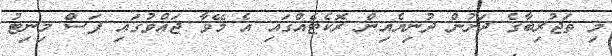
މި ތަޖުރިބާގެ ދަށުން ދުނިޔެއިން ރޮކެޓެއްގައި އެ މޭވާ ޖައްވުގައި ފަސް މިނިޓު